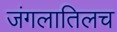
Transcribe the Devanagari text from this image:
जंगलातिलच